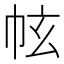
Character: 𢂄